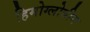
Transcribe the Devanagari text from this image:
हिमोग्लोबीन